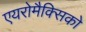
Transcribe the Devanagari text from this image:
एयरोमैक्सिको